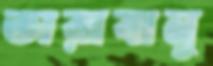
তারাবানু